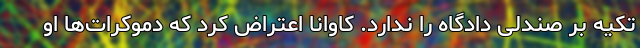
تکیه بر صندلی دادگاه را ندارد. کاوانا اعتراض کرد که دموکرات‌ها او